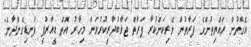
އެގޮތުން ރައްޔިތުންގެ ފަރާތުން ވެރިކަންކުރާ ފަރާތް ޖަވާބުދާރީކުރުވަން މިހާރު އޮތް ޑީއާރުޕީ ފުނޑިގެންދާނެ"